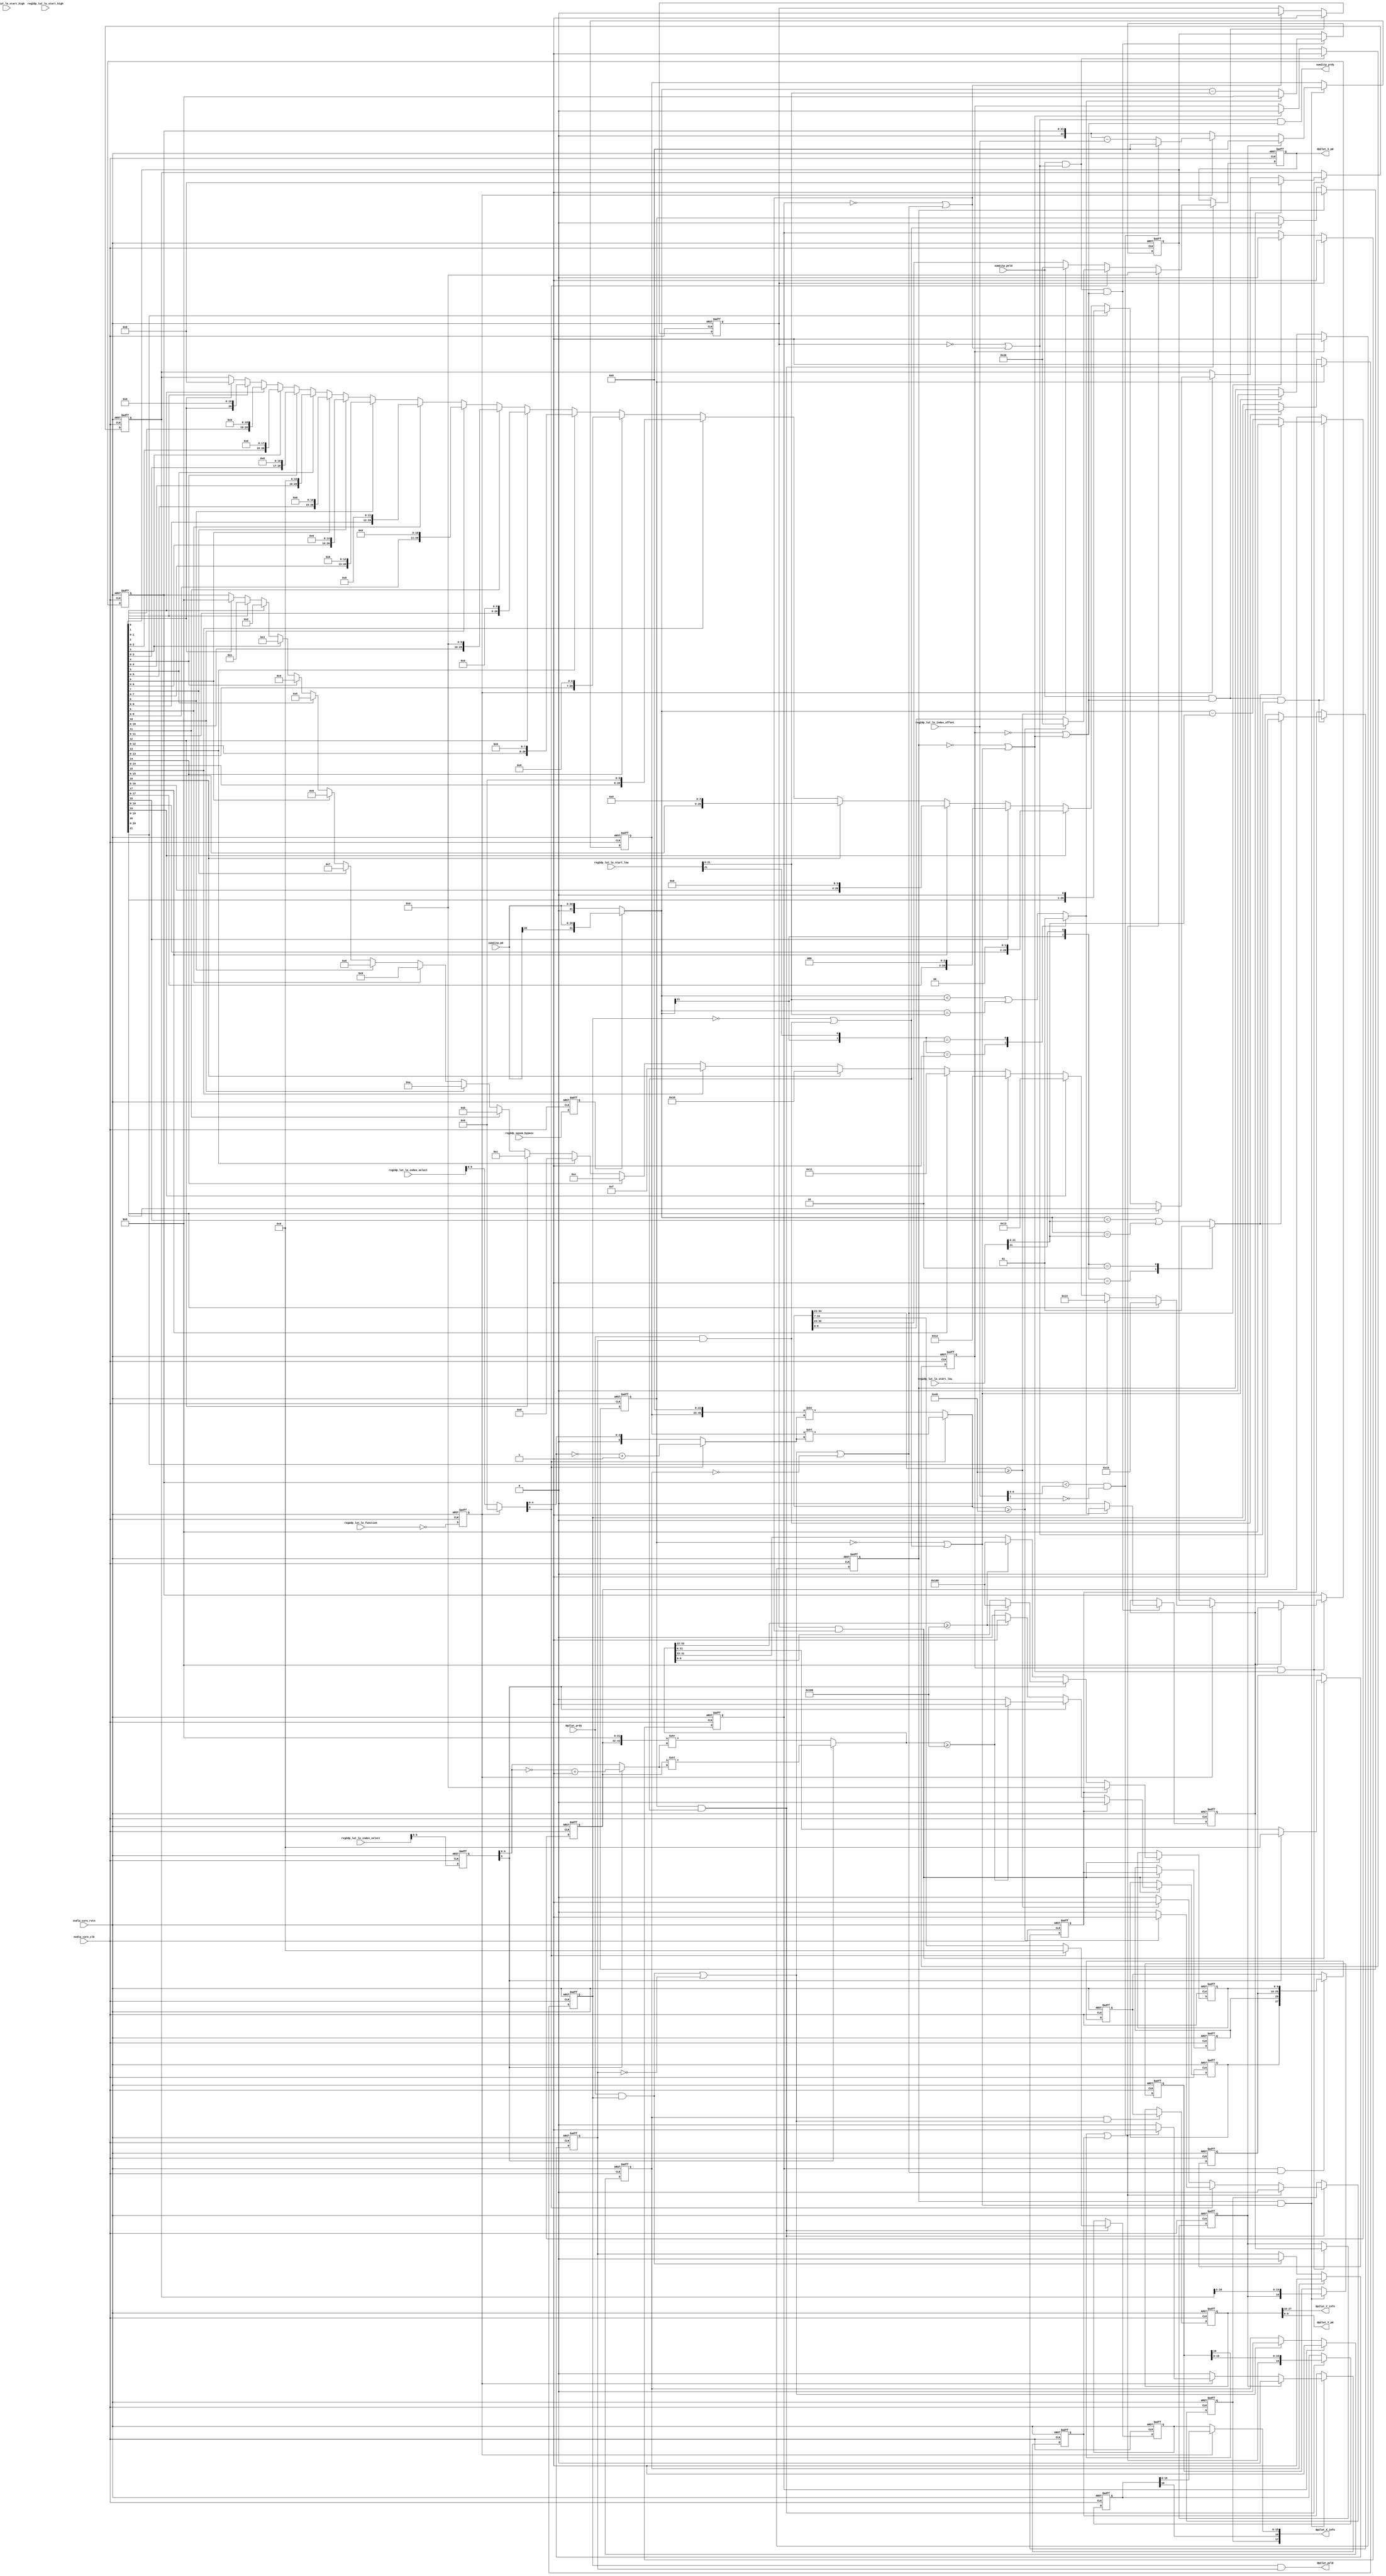
// ================================================================
// NVDLA Open Source Project
//
// Copyright(c) 2016 - 2017 NVIDIA Corporation. Licensed under the
// NVDLA Open Hardware License; Check "LICENSE" which comes with
// this distribution for more information.
// ================================================================
module NV_NVDLA_CDP_DP_LUT_CTRL_unit (
   nvdla_core_clk
  ,nvdla_core_rstn
  ,dp2lut_prdy
  ,reg2dp_lut_le_function
  ,reg2dp_lut_le_index_offset
  ,reg2dp_lut_le_index_select
  ,reg2dp_lut_le_start_high
  ,reg2dp_lut_le_start_low
  ,reg2dp_lut_lo_index_select
  ,reg2dp_lut_lo_start_high
  ,reg2dp_lut_lo_start_low
  ,reg2dp_sqsum_bypass
  ,sum2itp_pd
  ,sum2itp_pvld
  ,dp2lut_X_info
  ,dp2lut_X_pd
  ,dp2lut_Y_info
  ,dp2lut_Y_pd
  ,dp2lut_pvld
  ,sum2itp_prdy
  );
///////////////////////////////////////////////////
parameter pINT8_BW = 8 +1;//int8 bitwidth after icvt
parameter pPP_BW = (pINT8_BW + pINT8_BW) -1 + 4;//(pINT8_BW * pINT8_BW) -1 is for int8 mode x^2, +4 is after 9 lrn
///////////////////////////////////////////////////
input nvdla_core_clk;
input nvdla_core_rstn;
input [pPP_BW-1:0] sum2itp_pd;
input sum2itp_pvld;
output sum2itp_prdy;
input reg2dp_lut_le_function;
input [7:0] reg2dp_lut_le_index_offset;
input [7:0] reg2dp_lut_le_index_select;
input [5:0] reg2dp_lut_le_start_high;
input [31:0] reg2dp_lut_le_start_low;
input [7:0] reg2dp_lut_lo_index_select;
input [5:0] reg2dp_lut_lo_start_high;
input [31:0] reg2dp_lut_lo_start_low;
input reg2dp_sqsum_bypass;
output [17:0] dp2lut_X_info;
output [9:0] dp2lut_X_pd;
output [17:0] dp2lut_Y_info;
output [9:0] dp2lut_Y_pd;
output dp2lut_pvld;
input dp2lut_prdy;
///////////////////////////////////////////////////
reg X_exp;
reg X_int8_oflow_msb;
reg [15:0] X_lin_frac_int8_msb;
reg Y_dat_info_shift;
reg [pPP_BW:0] Y_dec_offset_msb;
reg Y_int8_oflow_msb;
reg Y_less_than_win_s;
reg [15:0] Y_lin_frac_int8_msb;
reg [7:0] Y_shift_bits;
reg [9:0] Y_shift_msb_int8;
reg [16:0] dat_info_d;
reg [16:0] dat_info_shift;
reg [pPP_BW+1:0] dec_Xindex_msb;
reg [pPP_BW:0] dec_offset_msb;
reg int_X_index_uflow_msb;
reg int_X_input_uflow_d;
reg int_X_input_uflow_msb;
reg int_Y_input_uflow_msb;
reg int_Y_stage0_pvld;
reg int_Y_stage1_pvld;
reg int_stage0_pvld;
reg int_stage1_pvld;
reg int_stage2_pvld;
reg int_stage3_pvld;
reg less_than_win_s;
reg [pPP_BW:0] log2_datout_msb;
reg [pPP_BW-1:0] log2_frac_msb;
reg [0:0] mon_Y_dec_offset_msb;
reg [0:0] mon_dec_Xindex_msb;
reg [0:0] mon_dec_offset_msb;
//reg [9:0] shift_int16;
reg [9:0] shift_msb_int8;
reg sqsum_bypass_enable;
wire [17:0] X_dat_info;
wire [15:0] X_exp_frac_msb;
wire [15:0] X_frac_msb;
wire [9:0] X_index_msb;
wire [15:0] X_lin_frac_msb;
wire X_oflow_int_msb;
wire [17:0] Y_dat_info;
wire [17:0] Y_dat_info_f;
wire [9:0] Y_index_msb;
wire [9:0] Y_index_msb_f;
wire Y_int_stage3_prdy;
wire Y_int_stage3_pvld;
wire [15:0] Y_lin_frac_msb;
wire Y_oflow_int_msb;
//wire [5:0] Y_shift_bits_int16_abs;
wire [4:0] Y_shift_bits_int8_abs;
wire [4:0] Y_shift_bits_inv;
//wire [5:0] Y_shift_bits_inv1;
//wire [37:0] Y_shift_int16_f;
//wire [63:0] Y_shift_int16_s;
wire [pPP_BW:0] Y_shift_msb_int8_f;
wire [31:0] Y_shift_msb_int8_s;
wire [16:0] dat_info;
wire [16:0] dat_info_index_sub;
wire [pPP_BW-1:0] datin_int8;
wire [pPP_BW:0] dec_Xindex_datin_msb;
wire [pPP_BW:0] dec_Yindex_msb;
wire [pPP_BW:0] dec_offset_datin_msb;
wire [pPP_BW:0] dec_offset_datin_msb_f0;
wire [pPP_BW:0] dec_offset_datin_msb_f1;
wire int_X_datin_prdy;
wire int_X_proc_in_vld;
wire int_Y_datin_prdy;
wire int_Y_proc_in_vld;
wire int_Y_stage0_prdy;
wire int_Y_stage1_prdy;
wire int_out_rdy;
wire int_out_vld;
wire int_stage0_prdy;
wire int_stage1_prdy;
wire int_stage2_in_vld;
wire int_stage2_prdy;
wire int_stage3_prdy;
wire load_din_intY;
wire load_in_intX;
wire load_int_Y_stage0;
wire load_int_stage0;
wire load_int_stage1;
wire load_int_stage2;
wire [pPP_BW:0] log2_datin_msb;
wire log2_datin_vld;
wire [7:0] reg2dp_X_index_offset;
wire [37:0] reg2dp_X_offset;
wire [37:0] reg2dp_Y_offset;
wire [7:0] shift_bits;
//wire [6:0] shift_bits_int16_abs;
wire [5:0] shift_bits_int8_abs;
wire [4:0] shift_bits_inv;
//wire [5:0] shift_bits_inv1;
//wire [38:0] shift_int16_f;
//wire [63:0] shift_int16_s;
wire [pPP_BW+1:0] shift_msb_int8_f;
wire [31:0] shift_msb_int8_s;
wire Y_stage3_out_rdy;
///////////////////////////////////////////////////
//==============
// Work Processing
//==============
always @(posedge nvdla_core_clk or negedge nvdla_core_rstn) begin
  if (!nvdla_core_rstn) begin
    X_exp <= 1'b0;
  end else begin
  X_exp <= reg2dp_lut_le_function == 1'h0;
  end
end
always @(posedge nvdla_core_clk or negedge nvdla_core_rstn) begin
  if (!nvdla_core_rstn) begin
    Y_shift_bits[7:0] <= {8{1'b0}};
  end else begin
  Y_shift_bits[7:0] <= reg2dp_lut_lo_index_select[7:0];
  end
end
always @(posedge nvdla_core_clk or negedge nvdla_core_rstn) begin
  if (!nvdla_core_rstn) begin
    sqsum_bypass_enable <= 1'b0;
  end else begin
  sqsum_bypass_enable <= reg2dp_sqsum_bypass == 1'h1;
  end
end
///////////////////////////////////////
assign sum2itp_prdy = int_Y_datin_prdy & int_X_datin_prdy;
assign datin_int8 = sum2itp_pd;
///////////////////////////////////////////////////////////////////////////////////////
//int X Y table input interlock
assign int_X_proc_in_vld = sum2itp_pvld & int_Y_datin_prdy;
assign int_Y_proc_in_vld = sum2itp_pvld & int_X_datin_prdy;
//////////////////////////////////////////////////////////////////////
// index calculation of X table
//////////////////////////////////////////////////////////////////////
//=================================================
//offset minus
//=================================================
assign reg2dp_X_offset[37:0] = {reg2dp_lut_le_start_high[5:0],reg2dp_lut_le_start_low[31:0]};
assign load_in_intX = int_X_proc_in_vld & int_X_datin_prdy;
assign dec_offset_datin_msb_f0 = {1'b0,datin_int8};
assign dec_offset_datin_msb_f1 = {datin_int8[pPP_BW-1],datin_int8};
assign dec_offset_datin_msb = sqsum_bypass_enable ? dec_offset_datin_msb_f1 : dec_offset_datin_msb_f0;
always @(*) begin
    case({dec_offset_datin_msb[pPP_BW],reg2dp_X_offset[pPP_BW]})
    2'b01: less_than_win_s = 1'b0;
    2'b10: less_than_win_s = 1'b1;
    default: less_than_win_s = (dec_offset_datin_msb[pPP_BW:0] < reg2dp_X_offset[pPP_BW:0]) | (dec_offset_datin_msb[pPP_BW:0] == reg2dp_X_offset[pPP_BW:0]);
    endcase
end
always @(posedge nvdla_core_clk or negedge nvdla_core_rstn) begin
  if (!nvdla_core_rstn) begin
    {mon_dec_offset_msb[0],dec_offset_msb[pPP_BW:0]} <= {(pPP_BW+2){1'b0}};
    int_X_input_uflow_msb <= 1'b0;
  end else begin
    if(load_in_intX) begin
        if(less_than_win_s) begin
            {mon_dec_offset_msb[0], dec_offset_msb[pPP_BW:0]} <= {(pPP_BW+2){1'b0}};
            int_X_input_uflow_msb <= 1'b1;
        end else begin
            {mon_dec_offset_msb[0], dec_offset_msb[pPP_BW:0]} <= ($signed(dec_offset_datin_msb) - $signed(reg2dp_X_offset[pPP_BW:0]));
            int_X_input_uflow_msb <= 1'b0;
        end
    end
  end
end
assign int_X_datin_prdy = ~int_stage0_pvld | int_stage0_prdy;
always @(posedge nvdla_core_clk or negedge nvdla_core_rstn) begin
  if (!nvdla_core_rstn) begin
    int_stage0_pvld <= 1'b0;
  end else begin
    if(int_X_proc_in_vld)
        int_stage0_pvld <= 1'b1;
    else if(int_stage0_prdy)
        int_stage0_pvld <= 1'b0;
  end
end
assign int_stage0_prdy = ~int_stage1_pvld | int_stage1_prdy;
assign load_int_stage0 = int_stage0_pvld & int_stage0_prdy;
//===================================================================
//log2 logic , bypassed when X is a linear table
assign log2_datin_msb = dec_offset_msb ;
assign log2_datin_vld = load_int_stage0;
always @(posedge nvdla_core_clk or negedge nvdla_core_rstn) begin
  if (!nvdla_core_rstn) begin
    log2_datout_msb <= {(pPP_BW+1){1'b0}};
    log2_frac_msb <= {pPP_BW{1'b0}};
  end else begin
    if(log2_datin_vld) begin
        if(int_X_input_uflow_msb) begin
            log2_datout_msb <= {(pPP_BW+1){1'b0}};
            log2_frac_msb <= {pPP_BW{1'b0}};
        end else begin
            if(X_exp) begin
//Note need modify "my $k = 21" if BW changed.
//: my $k = 21;
//: my $k1 = $k +1;
//: print qq(
//: if(log2_datin_msb[${k}]) begin
//: log2_datout_msb <= ${k1}'d${k};
//: log2_frac_msb <= log2_datin_msb[${k}-1:0];
//: );
//: foreach my $m (0..$k - 2) {
//: my $i = $k - $m -1;
//: print qq(
//: end else if(log2_datin_msb[$i]) begin
//: log2_datout_msb <= ${k1}'d${i};
//: log2_frac_msb <= {log2_datin_msb[${i}-1:0],{(${k}-${i}){1'b0}}};
//: );
//: }
//| eperl: generated_beg (DO NOT EDIT BELOW)

if(log2_datin_msb[21]) begin
log2_datout_msb <= 22'd21;
log2_frac_msb <= log2_datin_msb[21-1:0];

end else if(log2_datin_msb[20]) begin
log2_datout_msb <= 22'd20;
log2_frac_msb <= {log2_datin_msb[20-1:0],{(21-20){1'b0}}};

end else if(log2_datin_msb[19]) begin
log2_datout_msb <= 22'd19;
log2_frac_msb <= {log2_datin_msb[19-1:0],{(21-19){1'b0}}};

end else if(log2_datin_msb[18]) begin
log2_datout_msb <= 22'd18;
log2_frac_msb <= {log2_datin_msb[18-1:0],{(21-18){1'b0}}};

end else if(log2_datin_msb[17]) begin
log2_datout_msb <= 22'd17;
log2_frac_msb <= {log2_datin_msb[17-1:0],{(21-17){1'b0}}};

end else if(log2_datin_msb[16]) begin
log2_datout_msb <= 22'd16;
log2_frac_msb <= {log2_datin_msb[16-1:0],{(21-16){1'b0}}};

end else if(log2_datin_msb[15]) begin
log2_datout_msb <= 22'd15;
log2_frac_msb <= {log2_datin_msb[15-1:0],{(21-15){1'b0}}};

end else if(log2_datin_msb[14]) begin
log2_datout_msb <= 22'd14;
log2_frac_msb <= {log2_datin_msb[14-1:0],{(21-14){1'b0}}};

end else if(log2_datin_msb[13]) begin
log2_datout_msb <= 22'd13;
log2_frac_msb <= {log2_datin_msb[13-1:0],{(21-13){1'b0}}};

end else if(log2_datin_msb[12]) begin
log2_datout_msb <= 22'd12;
log2_frac_msb <= {log2_datin_msb[12-1:0],{(21-12){1'b0}}};

end else if(log2_datin_msb[11]) begin
log2_datout_msb <= 22'd11;
log2_frac_msb <= {log2_datin_msb[11-1:0],{(21-11){1'b0}}};

end else if(log2_datin_msb[10]) begin
log2_datout_msb <= 22'd10;
log2_frac_msb <= {log2_datin_msb[10-1:0],{(21-10){1'b0}}};

end else if(log2_datin_msb[9]) begin
log2_datout_msb <= 22'd9;
log2_frac_msb <= {log2_datin_msb[9-1:0],{(21-9){1'b0}}};

end else if(log2_datin_msb[8]) begin
log2_datout_msb <= 22'd8;
log2_frac_msb <= {log2_datin_msb[8-1:0],{(21-8){1'b0}}};

end else if(log2_datin_msb[7]) begin
log2_datout_msb <= 22'd7;
log2_frac_msb <= {log2_datin_msb[7-1:0],{(21-7){1'b0}}};

end else if(log2_datin_msb[6]) begin
log2_datout_msb <= 22'd6;
log2_frac_msb <= {log2_datin_msb[6-1:0],{(21-6){1'b0}}};

end else if(log2_datin_msb[5]) begin
log2_datout_msb <= 22'd5;
log2_frac_msb <= {log2_datin_msb[5-1:0],{(21-5){1'b0}}};

end else if(log2_datin_msb[4]) begin
log2_datout_msb <= 22'd4;
log2_frac_msb <= {log2_datin_msb[4-1:0],{(21-4){1'b0}}};

end else if(log2_datin_msb[3]) begin
log2_datout_msb <= 22'd3;
log2_frac_msb <= {log2_datin_msb[3-1:0],{(21-3){1'b0}}};

end else if(log2_datin_msb[2]) begin
log2_datout_msb <= 22'd2;
log2_frac_msb <= {log2_datin_msb[2-1:0],{(21-2){1'b0}}};

end else if(log2_datin_msb[1]) begin
log2_datout_msb <= 22'd1;
log2_frac_msb <= {log2_datin_msb[1-1:0],{(21-1){1'b0}}};

//| eperl: generated_end (DO NOT EDIT ABOVE)
                    end else if(log2_datin_msb[0]) begin
                        log2_datout_msb <= {(pPP_BW+1){1'b0}};
                        log2_frac_msb <= {pPP_BW{1'b0}};
                    end
            end else
                log2_datout_msb <= log2_datin_msb;
        end
    end
  end
end
assign X_exp_frac_msb = log2_frac_msb[pPP_BW-1:pPP_BW-16];
always @(posedge nvdla_core_clk or negedge nvdla_core_rstn) begin
  if (!nvdla_core_rstn) begin
    int_X_input_uflow_d <= 1'b0;
  end else begin
    if(log2_datin_vld)
        int_X_input_uflow_d <= int_X_input_uflow_msb;
  end
end
assign dat_info = {int_X_input_uflow_d,X_exp_frac_msb};
always @(posedge nvdla_core_clk or negedge nvdla_core_rstn) begin
  if (!nvdla_core_rstn) begin
    int_stage1_pvld <= 1'b0;
  end else begin
    if(int_stage0_pvld)
        int_stage1_pvld <= 1'b1;
    else if(int_stage1_prdy)
        int_stage1_pvld <= 1'b0;
  end
end
assign int_stage1_prdy = ~int_stage2_pvld | int_stage2_prdy;
//===================================================================
//exp index offset , only valid for exponent table
assign reg2dp_X_index_offset[7:0] = reg2dp_lut_le_index_offset[7:0];
assign load_int_stage1 = int_stage1_pvld & int_stage1_prdy;
assign int_stage2_in_vld = int_stage1_pvld;
assign dec_Xindex_datin_msb = log2_datout_msb;
always @(posedge nvdla_core_clk or negedge nvdla_core_rstn) begin
  if (!nvdla_core_rstn) begin
    {mon_dec_Xindex_msb[0],dec_Xindex_msb} <= {(pPP_BW+3){1'b0}};
    int_X_index_uflow_msb <= 1'b0;
  end else begin
    if(load_int_stage1) begin
        if(dat_info[16]) begin //uflow
            {mon_dec_Xindex_msb[0], dec_Xindex_msb} <= {(pPP_BW+3){1'b0}};
            int_X_index_uflow_msb <= 1'b0;
        end else if(X_exp) begin
//if((dec_Xindex_datin_msb < {{(pPP_BW+1-7){1'b0}},reg2dp_X_index_offset[6:0]}) & (~reg2dp_X_index_offset[7])) begin
            if((dec_Xindex_datin_msb < {{(pPP_BW-6){1'b0}},reg2dp_X_index_offset[6:0]}) & (~reg2dp_X_index_offset[7])) begin
                {mon_dec_Xindex_msb[0], dec_Xindex_msb} <= {(pPP_BW+3){1'b0}};
                int_X_index_uflow_msb <= 1'b1;
            end else begin
                {mon_dec_Xindex_msb[0], dec_Xindex_msb} <= $signed({1'b0,dec_Xindex_datin_msb}) - $signed({{(pPP_BW-6){reg2dp_X_index_offset[7]}},reg2dp_X_index_offset[7:0]});
                int_X_index_uflow_msb <= 1'b0;
            end
        end else begin
            {mon_dec_Xindex_msb[0], dec_Xindex_msb} <= {2'd0,dec_Xindex_datin_msb};
            int_X_index_uflow_msb <= 1'b0;
        end
    end
  end
end
`ifdef SPYGLASS_ASSERT_ON
`else
// spyglass disable_block NoWidthInBasedNum-ML
// spyglass disable_block STARC-2.10.3.2a
// spyglass disable_block STARC05-2.1.3.1
// spyglass disable_block STARC-2.1.4.6
// spyglass disable_block W116
// spyglass disable_block W154
// spyglass disable_block W239
// spyglass disable_block W362
// spyglass disable_block WRN_58
// spyglass disable_block WRN_61
`endif // SPYGLASS_ASSERT_ON
`ifdef ASSERT_ON
`ifdef FV_ASSERT_ON
`define ASSERT_RESET nvdla_core_rstn
`else
`ifdef SYNTHESIS
`define ASSERT_RESET nvdla_core_rstn
`else
`ifdef ASSERT_OFF_RESET_IS_X
`define ASSERT_RESET ((1'bx === nvdla_core_rstn) ? 1'b0 : nvdla_core_rstn)
`else
`define ASSERT_RESET ((1'bx === nvdla_core_rstn) ? 1'b1 : nvdla_core_rstn)
`endif // ASSERT_OFF_RESET_IS_X
`endif // SYNTHESIS
`endif // FV_ASSERT_ON
// VCS coverage off
  nv_assert_never #(0,0,"CDP_LUT_ctrl: no overflow is allowed") zzz_assert_never_2x (nvdla_core_clk, `ASSERT_RESET, load_int_stage2 & (|mon_dec_Xindex_msb); // spyglass disable W504 SelfDeterminedExpr-ML 
// VCS coverage on
`undef ASSERT_RESET
`endif // ASSERT_ON
`ifdef SPYGLASS_ASSERT_ON
`else
// spyglass enable_block NoWidthInBasedNum-ML
// spyglass enable_block STARC-2.10.3.2a
// spyglass enable_block STARC05-2.1.3.1
// spyglass enable_block STARC-2.1.4.6
// spyglass enable_block W116
// spyglass enable_block W154
// spyglass enable_block W239
// spyglass enable_block W362
// spyglass enable_block WRN_58
// spyglass enable_block WRN_61
`endif // SPYGLASS_ASSERT_ON
always @(posedge nvdla_core_clk or negedge nvdla_core_rstn) begin
  if (!nvdla_core_rstn) begin
    dat_info_d <= {17{1'b0}};
  end else if ((load_int_stage1) == 1'b1) begin
    dat_info_d <= dat_info;
  end
end
assign dat_info_index_sub = {dat_info_d[16] | int_X_index_uflow_msb, dat_info_d[15:0]};
always @(posedge nvdla_core_clk or negedge nvdla_core_rstn) begin
  if (!nvdla_core_rstn) begin
    int_stage2_pvld <= 1'b0;
  end else begin
    if(int_stage2_in_vld)
        int_stage2_pvld <= 1'b1;
    else if(int_stage2_prdy)
        int_stage2_pvld <= 1'b0;
  end
end
assign int_stage2_prdy = ~int_stage3_pvld | int_stage3_prdy;
assign load_int_stage2 = int_stage2_pvld & int_stage2_prdy;
//===================================================================
//shift process for int8/int16, linear only, shift "0" when exponent X
assign shift_bits[7:0] = X_exp ? 8'd0 : reg2dp_lut_le_index_select[7:0];
//note for int16 should be: assign shift_bits_inv1[5:0] = ~shift_bits[5:0];
//note for int16 should be: assign shift_bits_int16_abs[6:0] = shift_bits[6]? (shift_bits_inv1[5:0]+1) : shift_bits[5:0];
//note for int16 should be: assign {shift_int16_s[63:0], shift_int16_f[38:0] } = shift_bits[6]? ({64'd0,dec_Xindex_lsb[38:0]}<<shift_bits_int16_abs) : ({25'd0,dec_Xindex_lsb[38:0],39'd0}>>shift_bits_int16_abs);
assign shift_bits_inv[4:0] = ~shift_bits[4:0];
assign shift_bits_int8_abs[5:0] = shift_bits[5]? (shift_bits_inv[4:0] +1) : shift_bits[4:0];
assign {shift_msb_int8_s[31:0],shift_msb_int8_f[pPP_BW+1:0]} = shift_bits[5]? ({32'd0,dec_Xindex_msb}<<shift_bits_int8_abs ) : ({9'd0,dec_Xindex_msb,23'd0}>>shift_bits_int8_abs );
//always @(posedge nvdla_core_clk or negedge nvdla_core_rstn) begin
// if (!nvdla_core_rstn) begin
// shift_int16[9:0] <= {10{1'b0}};
// X_int16_oflow <= 1'b0;
// end else begin
// if(load_int_stage2) begin
// if(dat_info_index_sub[32]) begin //lsb uflow
// shift_int16[9:0] <= 10'd0;
// X_int16_oflow <= 1'b0;
// end else if(shift_bits[6]) begin
// if({shift_int16_s,shift_int16_f} >= (65 -1)) begin
// shift_int16[9:0] <= 65 - 1;
// X_int16_oflow <= 1'b1;
// end else begin
// shift_int16[9:0] <= shift_int16_f[9:0];
// X_int16_oflow <= 1'b0;
// end
// end else begin
// if(shift_int16_s >= (65 -1)) begin
// shift_int16[9:0] <= 65 - 1;
// X_int16_oflow <= 1'b1;
// end else begin
// shift_int16[9:0] <= shift_int16_s[9:0];
// X_int16_oflow <= 1'b0;
// end
// end
// end
// end
//end
always @(posedge nvdla_core_clk or negedge nvdla_core_rstn) begin
  if (!nvdla_core_rstn) begin
    shift_msb_int8[9:0] <= {10{1'b0}};
    X_int8_oflow_msb <= 1'b0;
  end else begin
    if(load_int_stage2) begin
        if(dat_info_index_sub[16]) begin //uflow
            shift_msb_int8[9:0] <= 10'd0;
            X_int8_oflow_msb <= 1'b0;
        end else if(shift_bits[5]) begin
            if({shift_msb_int8_s,shift_msb_int8_f} >= (65 -1)) begin
                shift_msb_int8[9:0] <= 65 - 1;//7'd64;
                X_int8_oflow_msb <= 1'b1;
            end else begin
                shift_msb_int8[9:0] <= shift_msb_int8_f[9:0];
                X_int8_oflow_msb <= 1'b0;
            end
        end else begin
            if(shift_msb_int8_s >= (65 -1)) begin
                shift_msb_int8[9:0] <= 65 - 1;//7'd64;
                X_int8_oflow_msb <= 1'b1;
            end else begin
                shift_msb_int8[9:0] <= shift_msb_int8_s[9:0];
                X_int8_oflow_msb <= 1'b0;
            end
        end
    end
  end
end
assign X_oflow_int_msb = X_int8_oflow_msb;
assign X_index_msb = shift_msb_int8;
//always @(posedge nvdla_core_clk or negedge nvdla_core_rstn) begin
// if (!nvdla_core_rstn) begin
// X_lin_frac_int16[15:0] <= {16{1'b0}};
// end else begin
// if(load_int_stage2) begin
// if(shift_bits[6])
// X_lin_frac_int16[15:0] <= 16'd0;
// else
// X_lin_frac_int16[15:0] <= shift_int16_f[38:23];
// end
// end
//end
always @(posedge nvdla_core_clk or negedge nvdla_core_rstn) begin
  if (!nvdla_core_rstn) begin
    X_lin_frac_int8_msb[15:0] <= {16{1'b0}};
  end else begin
    if(load_int_stage2) begin
        if(shift_bits[5])
            X_lin_frac_int8_msb[15:0] <= 16'd0;
        else
            X_lin_frac_int8_msb[15:0] <= shift_msb_int8_f[pPP_BW+1:pPP_BW-14];
    end
  end
end
assign X_lin_frac_msb = X_lin_frac_int8_msb;
always @(posedge nvdla_core_clk or negedge nvdla_core_rstn) begin
  if (!nvdla_core_rstn) begin
    dat_info_shift <= {17{1'b0}};
  end else if ((load_int_stage2) == 1'b1) begin
    dat_info_shift <= dat_info_index_sub;
  end
end
assign X_frac_msb = X_exp ? dat_info_shift[15:0] : X_lin_frac_msb;
assign X_dat_info = {X_oflow_int_msb,dat_info_shift[16],X_frac_msb};//oflow, uflow, frac
`ifdef SPYGLASS_ASSERT_ON
`else
// spyglass disable_block NoWidthInBasedNum-ML
// spyglass disable_block STARC-2.10.3.2a
// spyglass disable_block STARC05-2.1.3.1
// spyglass disable_block STARC-2.1.4.6
// spyglass disable_block W116
// spyglass disable_block W154
// spyglass disable_block W239
// spyglass disable_block W362
// spyglass disable_block WRN_58
// spyglass disable_block WRN_61
`endif // SPYGLASS_ASSERT_ON
`ifdef ASSERT_ON
`ifdef FV_ASSERT_ON
`define ASSERT_RESET nvdla_core_rstn
`else
`ifdef SYNTHESIS
`define ASSERT_RESET nvdla_core_rstn
`else
`ifdef ASSERT_OFF_RESET_IS_X
`define ASSERT_RESET ((1'bx === nvdla_core_rstn) ? 1'b0 : nvdla_core_rstn)
`else
`define ASSERT_RESET ((1'bx === nvdla_core_rstn) ? 1'b1 : nvdla_core_rstn)
`endif // ASSERT_OFF_RESET_IS_X
`endif // SYNTHESIS
`endif // FV_ASSERT_ON
// VCS coverage off
  nv_assert_never #(0,0,"CDP INT X table msb info: uflow and oflow occured at same time") zzz_assert_never_6x (nvdla_core_clk, `ASSERT_RESET, int_stage3_pvld & dat_info_shift[16] & X_oflow_int_msb); // spyglass disable W504 SelfDeterminedExpr-ML 
// VCS coverage on
`undef ASSERT_RESET
`endif // ASSERT_ON
`ifdef SPYGLASS_ASSERT_ON
`else
// spyglass enable_block NoWidthInBasedNum-ML
// spyglass enable_block STARC-2.10.3.2a
// spyglass enable_block STARC05-2.1.3.1
// spyglass enable_block STARC-2.1.4.6
// spyglass enable_block W116
// spyglass enable_block W154
// spyglass enable_block W239
// spyglass enable_block W362
// spyglass enable_block WRN_58
// spyglass enable_block WRN_61
`endif // SPYGLASS_ASSERT_ON
always @(posedge nvdla_core_clk or negedge nvdla_core_rstn) begin
  if (!nvdla_core_rstn) begin
    int_stage3_pvld <= 1'b0;
  end else begin
    if(int_stage2_pvld)
        int_stage3_pvld <= 1'b1;
    else if(int_stage3_prdy)
        int_stage3_pvld <= 1'b0;
  end
end
//assign int_stage3_prdy = ~int_stage4_pvld | int_stage4_prdy;
//assign load_int_stage3 = int_stage3_pvld & int_stage3_prdy;
//////////////////////////////////////////////////////////////////////
//index calculation of Y table
//////////////////////////////////////////////////////////////////////
//==================================================
//input offset
//==================================================
assign reg2dp_Y_offset[37:0] = {reg2dp_lut_lo_start_high[5:0],reg2dp_lut_lo_start_low[31:0]};
assign load_din_intY = int_Y_proc_in_vld & int_Y_datin_prdy;
always @(*) begin
    case({dec_offset_datin_msb[pPP_BW],reg2dp_Y_offset[pPP_BW]})
    2'b01: Y_less_than_win_s = 1'b0;
    2'b10: Y_less_than_win_s = 1'b1;
    default: Y_less_than_win_s = (dec_offset_datin_msb[pPP_BW:0] < reg2dp_Y_offset[pPP_BW:0]) | (dec_offset_datin_msb[pPP_BW:0] == reg2dp_Y_offset[pPP_BW:0]);
    endcase
end
always @(posedge nvdla_core_clk or negedge nvdla_core_rstn) begin
  if (!nvdla_core_rstn) begin
    {mon_Y_dec_offset_msb[0],Y_dec_offset_msb} <= {(pPP_BW+2){1'b0}};
    int_Y_input_uflow_msb <= 1'b0;
  end else begin
    if(load_din_intY) begin
        if(Y_less_than_win_s) begin
            {mon_Y_dec_offset_msb[0], Y_dec_offset_msb} <= {(pPP_BW+2){1'b0}};
            int_Y_input_uflow_msb <= 1'b1;
        end else begin
            {mon_Y_dec_offset_msb[0], Y_dec_offset_msb} <= ($signed(dec_offset_datin_msb) - $signed(reg2dp_Y_offset[pPP_BW:0]));
            int_Y_input_uflow_msb <= 1'b0;
        end
    end
  end
end
assign int_Y_datin_prdy = ~int_Y_stage0_pvld | int_Y_stage0_prdy;
always @(posedge nvdla_core_clk or negedge nvdla_core_rstn) begin
  if (!nvdla_core_rstn) begin
    int_Y_stage0_pvld <= 1'b0;
  end else begin
    if(int_Y_proc_in_vld)
        int_Y_stage0_pvld <= 1'b1;
    else if(int_Y_stage0_prdy)
        int_Y_stage0_pvld <= 1'b0;
  end
end
assign int_Y_stage0_prdy =~int_Y_stage1_pvld | int_Y_stage1_prdy;
assign load_int_Y_stage0 = int_Y_stage0_pvld & int_Y_stage0_prdy;
//===================================================================
//shift process for Y int8/int16, Y is linear only
//===================================================================
assign dec_Yindex_msb = Y_dec_offset_msb;
// note int16 should be this : assign Y_shift_bits_inv1[5:0] = ~Y_shift_bits[5:0];
// note int16 should be this : assign Y_shift_bits_int16_abs = Y_shift_bits[6]? (Y_shift_bits_inv1[5:0]+1) : Y_shift_bits[5:0];
// note int16 should be this : assign {Y_shift_int16_s[63:0] ,Y_shift_int16_f[37:0]} = Y_shift_bits[6]? ({64'd0,dec_Yindex_lsb[37:0]} << Y_shift_bits_int16_abs) : ({26'd0,dec_Yindex_lsb[37:0],38'd0} >> Y_shift_bits_int16_abs);
assign Y_shift_bits_inv[4:0] = ~Y_shift_bits[4:0];
assign Y_shift_bits_int8_abs = Y_shift_bits[5]? (Y_shift_bits_inv[4:0] +1) : Y_shift_bits[4:0];
assign {Y_shift_msb_int8_s[31:0],Y_shift_msb_int8_f} = Y_shift_bits[5]? ({32'd0,dec_Yindex_msb} << Y_shift_bits_int8_abs ) : ({10'd0,dec_Yindex_msb,22'd0} >> Y_shift_bits_int8_abs);
//always @(posedge nvdla_core_clk or negedge nvdla_core_rstn) begin
// if (!nvdla_core_rstn) begin
// Y_shift_int16[9:0] <= {10{1'b0}};
// Y_int16_oflow <= 1'b0;
// end else begin
// if(load_int_Y_stage0) begin
// if(int_Y_input_uflow_lsb) begin
// Y_shift_int16[9:0] <= 10'd0;
// Y_int16_oflow <= 1'b0;
// end else if(Y_shift_bits[6]) begin
// if({Y_shift_int16_s,Y_shift_int16_f} >= (257 -1)) begin
// Y_shift_int16[9:0] <= 257 - 1;
// Y_int16_oflow <= 1'b1;
// end else begin
// Y_shift_int16[9:0] <= Y_shift_int16_f[9:0];
// Y_int16_oflow <= 1'b0;
// end
// end else begin
// if(Y_shift_int16_s >= (257 -1)) begin
// Y_shift_int16[9:0] <= 257 - 1;
// Y_int16_oflow <= 1'b1;
// end else begin
// Y_shift_int16[9:0] <= Y_shift_int16_s[9:0];
// Y_int16_oflow <= 1'b0;
// end
// end
// end
// end
//end
always @(posedge nvdla_core_clk or negedge nvdla_core_rstn) begin
  if (!nvdla_core_rstn) begin
    Y_shift_msb_int8[9:0] <= {10{1'b0}};
    Y_int8_oflow_msb <= 1'b0;
  end else begin
    if(load_int_Y_stage0) begin
        if(int_Y_input_uflow_msb) begin
            Y_shift_msb_int8[9:0] <= 10'd0;
            Y_int8_oflow_msb <= 1'b0;
        end else if(Y_shift_bits[5]) begin
            if({Y_shift_msb_int8_s,Y_shift_msb_int8_f} >= (257 -1)) begin
                Y_shift_msb_int8[9:0] <= 257 - 1;
                Y_int8_oflow_msb <= 1'b1;
            end else begin
                Y_shift_msb_int8[9:0] <= Y_shift_msb_int8_f[9:0];
                Y_int8_oflow_msb <= 1'b0;
            end
        end else begin
            if(Y_shift_msb_int8_s >= (257 -1)) begin
                Y_shift_msb_int8[9:0] <= 257 - 1;
                Y_int8_oflow_msb <= 1'b1;
            end else begin
                Y_shift_msb_int8[9:0] <= Y_shift_msb_int8_s[9:0];
                Y_int8_oflow_msb <= 1'b0;
            end
        end
    end
  end
end
assign Y_oflow_int_msb = Y_int8_oflow_msb;
assign Y_index_msb_f = Y_shift_msb_int8;
//always @(posedge nvdla_core_clk or negedge nvdla_core_rstn) begin
// if (!nvdla_core_rstn) begin
// Y_lin_frac_int16[15:0] <= {16{1'b0}};
// end else begin
// if(load_int_Y_stage0) begin
// if(Y_shift_bits[6])
// Y_lin_frac_int16[15:0] <= 16'd0;
// else
// Y_lin_frac_int16[15:0] <= Y_shift_int16_f[37:22];
// end
// end
//end
always @(posedge nvdla_core_clk or negedge nvdla_core_rstn) begin
  if (!nvdla_core_rstn) begin
    Y_lin_frac_int8_msb[15:0] <= {16{1'b0}};
  end else begin
    if(load_int_Y_stage0) begin
        if(Y_shift_bits[5])
            Y_lin_frac_int8_msb[15:0] <= 16'd0;
        else
            Y_lin_frac_int8_msb[15:0] <= Y_shift_msb_int8_f[pPP_BW:pPP_BW-15];
    end
  end
end
assign Y_lin_frac_msb = Y_lin_frac_int8_msb;
always @(posedge nvdla_core_clk or negedge nvdla_core_rstn) begin
  if (!nvdla_core_rstn) begin
    Y_dat_info_shift <= 1'b0;
  end else if (load_int_Y_stage0) begin
    Y_dat_info_shift <= int_Y_input_uflow_msb;
  end
end
assign Y_dat_info_f = {Y_oflow_int_msb,Y_dat_info_shift,Y_lin_frac_msb};
`ifdef SPYGLASS_ASSERT_ON
`else
// spyglass disable_block NoWidthInBasedNum-ML
// spyglass disable_block STARC-2.10.3.2a
// spyglass disable_block STARC05-2.1.3.1
// spyglass disable_block STARC-2.1.4.6
// spyglass disable_block W116
// spyglass disable_block W154
// spyglass disable_block W239
// spyglass disable_block W362
// spyglass disable_block WRN_58
// spyglass disable_block WRN_61
`endif // SPYGLASS_ASSERT_ON
`ifdef ASSERT_ON
`ifdef FV_ASSERT_ON
`define ASSERT_RESET nvdla_core_rstn
`else
`ifdef SYNTHESIS
`define ASSERT_RESET nvdla_core_rstn
`else
`ifdef ASSERT_OFF_RESET_IS_X
`define ASSERT_RESET ((1'bx === nvdla_core_rstn) ? 1'b0 : nvdla_core_rstn)
`else
`define ASSERT_RESET ((1'bx === nvdla_core_rstn) ? 1'b1 : nvdla_core_rstn)
`endif // ASSERT_OFF_RESET_IS_X
`endif // SYNTHESIS
`endif // FV_ASSERT_ON
// VCS coverage off
  nv_assert_never #(0,0,"CDP INT Y table msb info: uflow and oflow occured at same time") zzz_assert_never_10x (nvdla_core_clk, `ASSERT_RESET, int_Y_stage1_pvld & Y_dat_info_shift & Y_oflow_int_msb); // spyglass disable W504 SelfDeterminedExpr-ML 
// VCS coverage on
`undef ASSERT_RESET
`endif // ASSERT_ON
`ifdef SPYGLASS_ASSERT_ON
`else
// spyglass enable_block NoWidthInBasedNum-ML
// spyglass enable_block STARC-2.10.3.2a
// spyglass enable_block STARC05-2.1.3.1
// spyglass enable_block STARC-2.1.4.6
// spyglass enable_block W116
// spyglass enable_block W154
// spyglass enable_block W239
// spyglass enable_block W362
// spyglass enable_block WRN_58
// spyglass enable_block WRN_61
`endif // SPYGLASS_ASSERT_ON
always @(posedge nvdla_core_clk or negedge nvdla_core_rstn) begin
  if (!nvdla_core_rstn) begin
    int_Y_stage1_pvld <= 1'b0;
  end else begin
    if(int_Y_stage0_pvld)
        int_Y_stage1_pvld <= 1'b1;
    else if(int_Y_stage1_prdy)
        int_Y_stage1_pvld <= 1'b0;
  end
end
//assign int_Y_stage1_prdy = Y_stage1_in_rdy;
/////////////////////////////////////////////////////////////////////////
/////////////////////////////////////////////////////////////////////////
//pipe delay to sync with X table
wire [27:0] Y_stage1_in_pd;
wire Y_stage1_in_vld;
wire Y_stage1_in_rdy;
reg Y_stage2_in_vld;
reg Y_stage3_out_vld;
wire Y_stage2_in_rdy;
reg [27:0] Y_stage2_in_dp;
reg [27:0] Y_stage3_out_pd;
/////////////////////////////////////////////////////////////////////////
assign int_Y_stage1_prdy = Y_stage1_in_rdy;
/////////////////////////////////////////////////////////////////////////
assign Y_stage1_in_pd = {Y_dat_info_f,Y_index_msb_f};
assign Y_stage1_in_vld = int_Y_stage1_pvld;
/////////////////////////////////
assign Y_stage1_in_rdy = Y_stage2_in_rdy || (~Y_stage2_in_vld);
always @(posedge nvdla_core_clk or negedge nvdla_core_rstn) begin
  if (!nvdla_core_rstn) begin
    Y_stage2_in_vld <= 1'b0;
  end else if(Y_stage1_in_vld) begin
    Y_stage2_in_vld <= 1'b1;
  end else if(Y_stage2_in_rdy) begin
    Y_stage2_in_vld <= 1'b0;
  end
end
assign Y_stage2_in_rdy = Y_stage3_out_rdy || (~Y_stage3_out_vld);
always @(posedge nvdla_core_clk or negedge nvdla_core_rstn) begin
  if (!nvdla_core_rstn) begin
    Y_stage3_out_vld <= 1'b0;
  end else if(Y_stage2_in_vld) begin
    Y_stage3_out_vld <= 1'b1;
  end else if(Y_stage3_out_rdy) begin
    Y_stage3_out_vld <= 1'b0;
  end
end
always @(posedge nvdla_core_clk or negedge nvdla_core_rstn) begin
  if (!nvdla_core_rstn) begin
    Y_stage2_in_dp <= 28'd0;
  end else if(Y_stage1_in_vld & Y_stage1_in_rdy) begin
    Y_stage2_in_dp <= Y_stage1_in_pd;
  end
end
always @(posedge nvdla_core_clk or negedge nvdla_core_rstn) begin
  if (!nvdla_core_rstn) begin
    Y_stage3_out_pd <= 28'd0;
  end else if(Y_stage2_in_vld & Y_stage2_in_rdy) begin
    Y_stage3_out_pd <= Y_stage2_in_dp;
  end
end
/////////////////////////////////
assign Y_index_msb = Y_stage3_out_pd[9:0];
assign Y_dat_info = Y_stage3_out_pd[27:10];
assign Y_int_stage3_pvld = Y_stage3_out_vld;
assign Y_stage3_out_rdy = Y_int_stage3_prdy;
////////////////////////////////////////////////////////////////////////////////////////
////////////////////////////////////////////////////////////////////////////////////////
//int X Y tables control output interlock
assign int_stage3_prdy = int_out_rdy & Y_int_stage3_pvld;
assign Y_int_stage3_prdy = int_out_rdy & int_stage3_pvld;
assign int_out_vld = int_stage3_pvld & Y_int_stage3_pvld;
////////////////////////////////////////////////////////////////////////////////////////
////////////////////////////////////////////////////////////////////////////////////////
////////////////////////////////////////////////////////////////////////////////////////
assign dp2lut_pvld = int_out_vld;
assign int_out_rdy = dp2lut_prdy;
assign dp2lut_X_pd = {X_index_msb};
assign dp2lut_X_info = X_dat_info;
assign dp2lut_Y_pd = {Y_index_msb};
assign dp2lut_Y_info = Y_dat_info;
////////////
endmodule // NV_NVDLA_CDP_DP_LUT_CTRL_unit